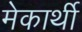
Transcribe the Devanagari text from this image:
मेकार्थी